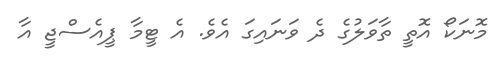
މޮނަކޯ އޮތީ ތާވަލުގެ ދެ ވަނައިގަ އެވެ. އެ ޓީމާ ޕީއެސްޖީ އާ